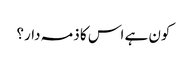
کون ہے اس کا ذمہ دار؟